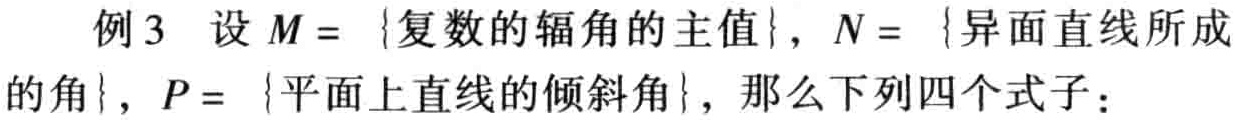
例3 设\(M = \{复数的辐角的主值\}\)，\(N = \{异面直线所成的角\}\)，\(P = \{平面上直线的倾斜角\}\)，那么下列四个式子：